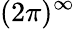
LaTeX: (2\pi)^{\infty}